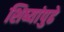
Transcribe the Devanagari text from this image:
शिष्यांपुढे